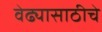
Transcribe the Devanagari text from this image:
वेढ्यासाठीचे